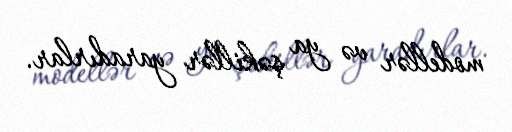
modellər və ya şəkillər yaradırlar.